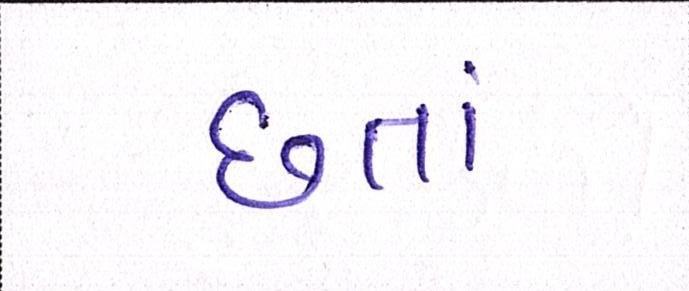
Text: છતાં